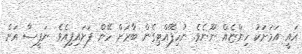
އައީ އަމަށަކު ހިންޏެއް ނޫނެވެ. ނުހިފޭއްޓިގެން ބާރަށް ހޭން ފަށައިފިއެވެ. ނަފީސާ އަށް